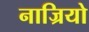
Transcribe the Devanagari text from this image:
नाज्रियो